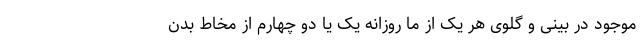
موجود در بینی و گلوی هر یک از ما روزانه یک یا دو چهارم از مخاط بدن